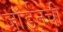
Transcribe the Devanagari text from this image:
जॉर्डनची